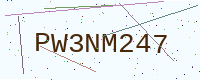
Text: PW3NM247